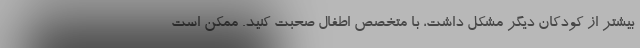
بیشتر از کودکان دیگر مشکل داشت، با متخصص اطفال صحبت کنید. ممکن است